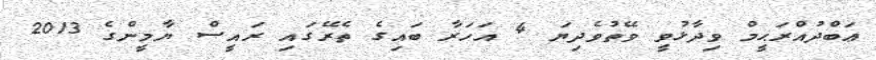
ޢަބްދުއްރަޙީމް ވިދާޅުވީ ވޭތުވެދިޔަ 4 އަހަރާ ބައިގެ ތެރޭގައި ރައީސް ޔާމީންގެ 2013